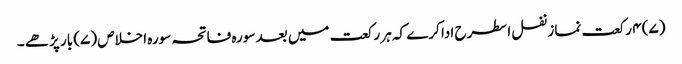
(۷) ۴ رکعت نماز نفل اسطرح ادا کرے کہ ہر رکعت میں بعد سورہ فاتحہ سورہ اخلاص (۷) بار پڑھے ۔